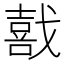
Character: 𫼅